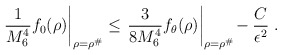
\begin{align*}\left.\frac{1}{M_6^4} f_0(\rho)\right|_{\rho=\rho^\#}\leq \left.\frac{3}{8M_6^4} f_\theta(\rho)\right|_{\rho=\rho^\#}\!-\frac{C}{\epsilon^2}\ .\end{align*}